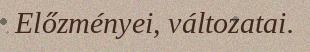
Előzményei, változatai.